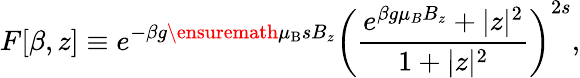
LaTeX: F[\beta,z]\equiv e^{-\beta g{\ensuremath{\mu_{\mathrm{B}}}}sB_{z}}\left(\frac{e^{\beta g\mu_{B}B_{z}}+|z|^{2}}{1+|z|^{2}}\right)^{2s},